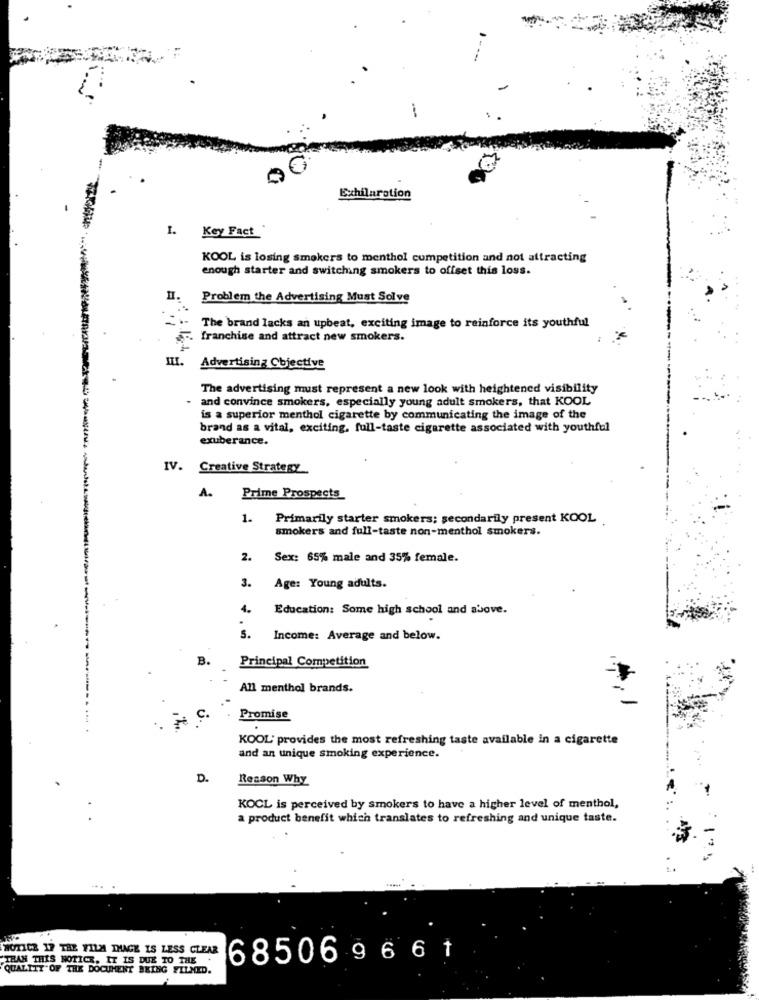
-
Exhilaration
Key Fact
KOOL is losing smokers to menthol competition and not attracting
enough starter and switching smokers to offset this loss.
Problem the Advertising Must Solve
The brand lacks an upbeat, exciting image to reinforce its youthful
franchise and attract new smokers.
Advertising Objective
The advertising must represent a new look with heightened visibility
and convince smokers, especially young adult smokers, that KOOL
is a superior menthol cigarette by communicating the image of the
brand as a vital, exciting, full-taste cigarette associated with youthful
exuberance.
IV. Creative Strategy
A.
Prime Prospects
1.
Primarily starter smokers; secondarily present KOOL
smokers and full-taste non-menthol smokers.
2.
Sex: 65% male and 35% female.
3.
Age: Young adults.
4.
Education: Some high school and above.
s.
Income: Average and below.
B.
Principal Competition
All menthol brands.
c.
Promise
KOOL' provides the most refreshing taste available in a cigarette
and an unique smoking experience.
D.
Reason Why
KOCL is perceived by smokers to have a higher level of menthol,
a product benefit which translates to refreshing and unique taste.
NOTICE 17 THE FILM DHAGE IS LESS CLEAR
THAN THIS NOTICE. IT IS DUE TO THE .
6850696 6 1
QUALITY OF THE DOCUMENT BEING FILMED.